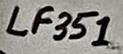
Text: LF351